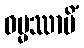
ဓမ္မဿာမိံ